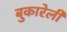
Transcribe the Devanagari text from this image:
बुकारेली